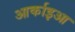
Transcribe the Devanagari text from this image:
आर्काइआ